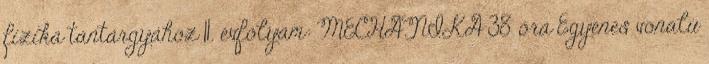
fizika tantárgyához 11. évfolyam: MECHANIKA 38 óra Egyenes vonalú